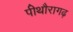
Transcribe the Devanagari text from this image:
पीथौरागढ़